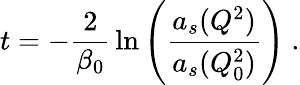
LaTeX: t=-{\frac{2}{\beta_{0}}}\ln\left({\frac{a_{s}(Q^{2})}{a_{s}(Q_{0}^{2})}}\right)~.